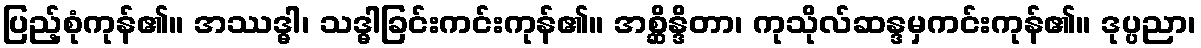
ပြည့်စုံကုန်၏။ အဿဒ္ဓါ၊ သဒ္ဓါခြင်းကင်းကုန်၏။ အစ္ဆိန္ဒိတာ၊ ကုသိုလ်ဆန္ဒမှကင်းကုန်၏။ ဒုပ္ပညာ၊